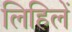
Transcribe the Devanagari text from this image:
लिहिलें